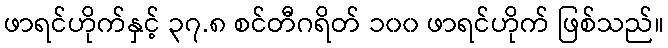
ဖာရင်ဟိုက်နှင့် ၃၇.၈ စင်တီဂရိတ် ၁၀၀ ဖာရင်ဟိုက် ဖြစ်သည်။